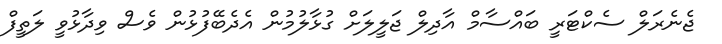
ޖެނެރަލް ސެކްޓަރީ ބައްސާމް އާދިލް ޖަލީލަށް ގުޅާލުމުން އެދެބޭފުޅުން ވެސް ވިދާޅުވީ ލަތީފް